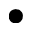
\bullet